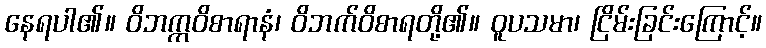
နေရပါ၏။ ဝိဘက္ကဝိစာရာနံ၊ ဝိဘက်ဝိစာရတို့၏။ ဝူပသမာ၊ ငြိမ်းခြင်းကြောင့်။